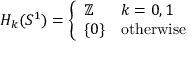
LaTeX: H _ { k } ( S ^ { 1 } ) = { \left\{ \begin{array} { l l } { \mathbb { Z } } & { k = 0 , 1 } \\ { \{ 0 \} } & { { \mathrm { o t h e r w i s e } } } \end{array} \right. }